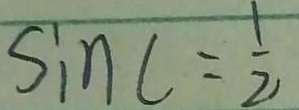
S i n c = \frac { 1 } { 2 }